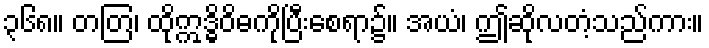
၃၆၈။ တတြ၊ ထိုဣဒ္ဓိဝိဓကိုပြီးစေရာ၌။ အယံ၊ ဤဆိုလတံ့သည်ကား။